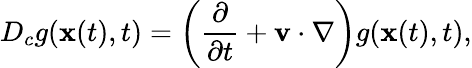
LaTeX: D_{c}g({\mathbf x}(t),t)=\left(\frac{\partial}{\partial t}+{\mathbf v}\cdot{\mathbf\nabla}\right)g({\mathbf x}(t),t),